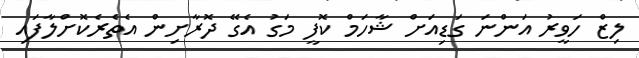
ލިޒް ހަވީރު އަންނަ ގަޑިއަށް ޝާހަމް ކޮފީ މަގު އެގޭ ދޮރާށިން އެތެރެކޮށްލާފައި